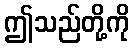
ဤသည်တို့ကို